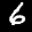
Label: 6